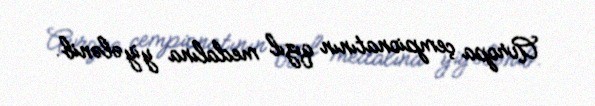
Avropa çempionatının qızıl medalına yiyələnib.